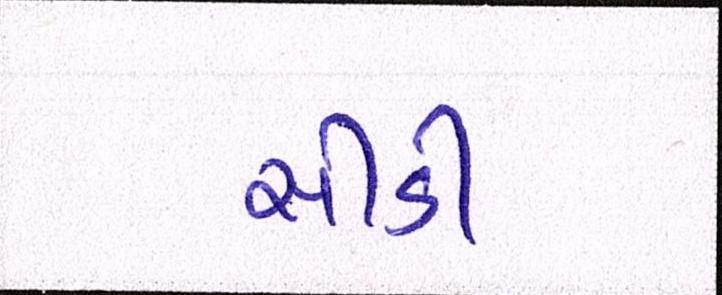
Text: સીડી